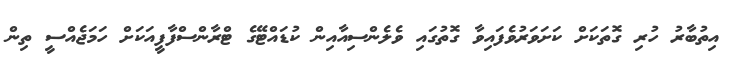
އިތުބާރު ހުރި ގޮތަކަށް ކަށަވަރުވެފައިވާ ގޮތުގައި ވެލެންސިއާއިން ކުޑައްޓޭގެ ޓްރާންސްފާފީއަކަށް ހަމަޖެއްސީ ތިން